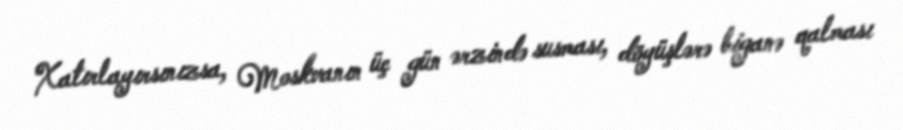
Xatırlayırsınızsa, Moskvanın üç gün ərzində susması, döyüşlərə biganə qalması